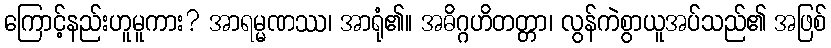
ကြောင့်နည်းဟူမူကား? အာရမ္မဏဿ၊ အာရုံ၏။ အဓိဂ္ဂဟိတတ္တာ၊ လွန်ကဲစွာယူအပ်သည်၏ အဖြစ်